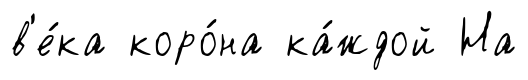
в'е́ка коро́на ка́ждой На